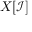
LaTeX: X [ { \mathcal { I } } ]